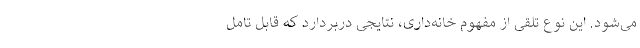
می‌شود. این نوع تلقی از مفهوم خانه‌داری، نتایجی دربردارد که قابل تامل